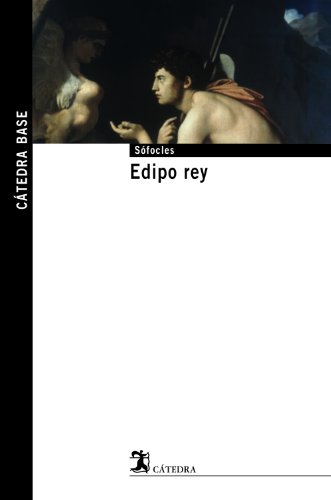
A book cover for Edipo Rey / Oedipus the King (Catedra Base / Base Cathedra) (Spanish Edition); Sophocles; Literature & Fiction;